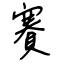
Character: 賽